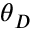
\theta _ { D }